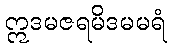
ဣဒမဇရမိဒမမရံ